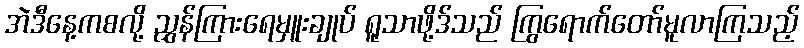
အဲဒီနေ့ကစလို့ ညွှန်ကြားရေမှူးချုပ် ရူသာဖို့ဒ်သည် ကြွရောက်တော်မူလာကြသည့်